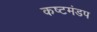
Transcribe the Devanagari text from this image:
कष्टमंडप